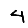
Digit: 4